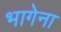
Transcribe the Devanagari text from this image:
भागेना